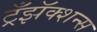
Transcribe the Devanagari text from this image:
ट्रँझॅक्शन्स